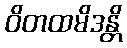
ဝိတထမိဒန္တိ